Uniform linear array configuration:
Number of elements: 48
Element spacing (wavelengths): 0.25
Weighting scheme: uniform
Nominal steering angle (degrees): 0
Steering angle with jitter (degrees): -0.3948
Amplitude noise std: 0.05
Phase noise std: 0.05

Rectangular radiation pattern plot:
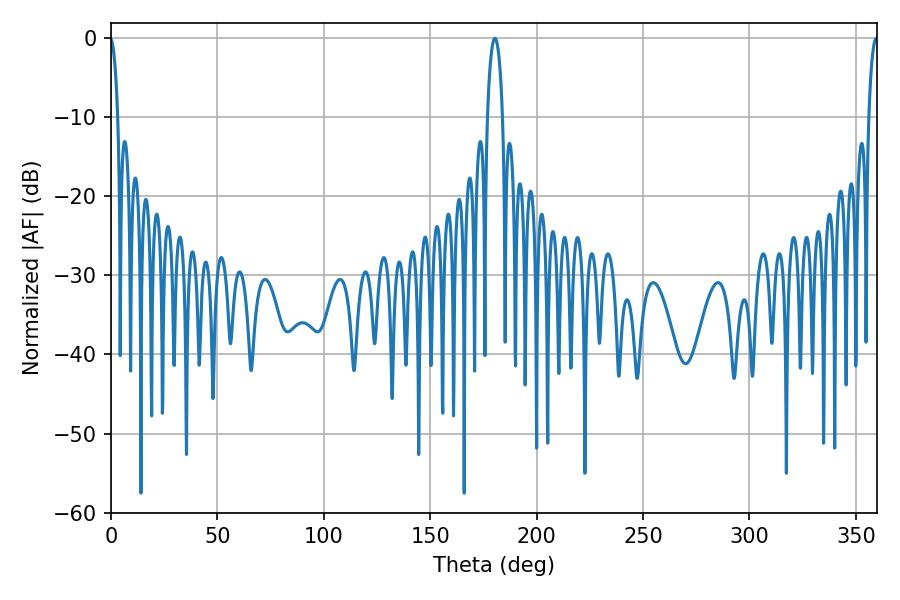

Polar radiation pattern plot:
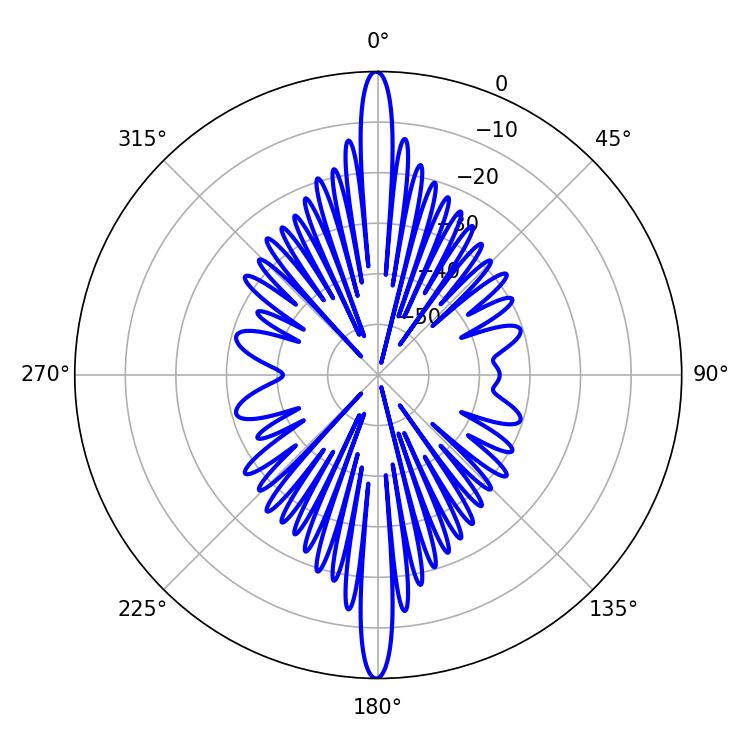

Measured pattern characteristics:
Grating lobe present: FALSE
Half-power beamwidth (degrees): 3.96
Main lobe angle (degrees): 180.36